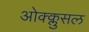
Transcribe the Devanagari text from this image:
ओक्क्लुसल